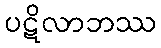
ပဋိလာဘဿ